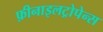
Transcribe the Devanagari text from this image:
फ़ीनाइलट्रोपेन्स